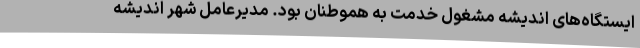
ایستگاه‌های اندیشه مشغول خدمت به هموطنان بود. مدیرعامل شهر اندیشه